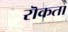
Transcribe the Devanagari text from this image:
रॊकता